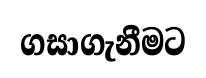
ගසාගැනීමට